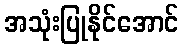
အသုံးပြုနိုင်အောင်